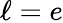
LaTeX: \ell=e